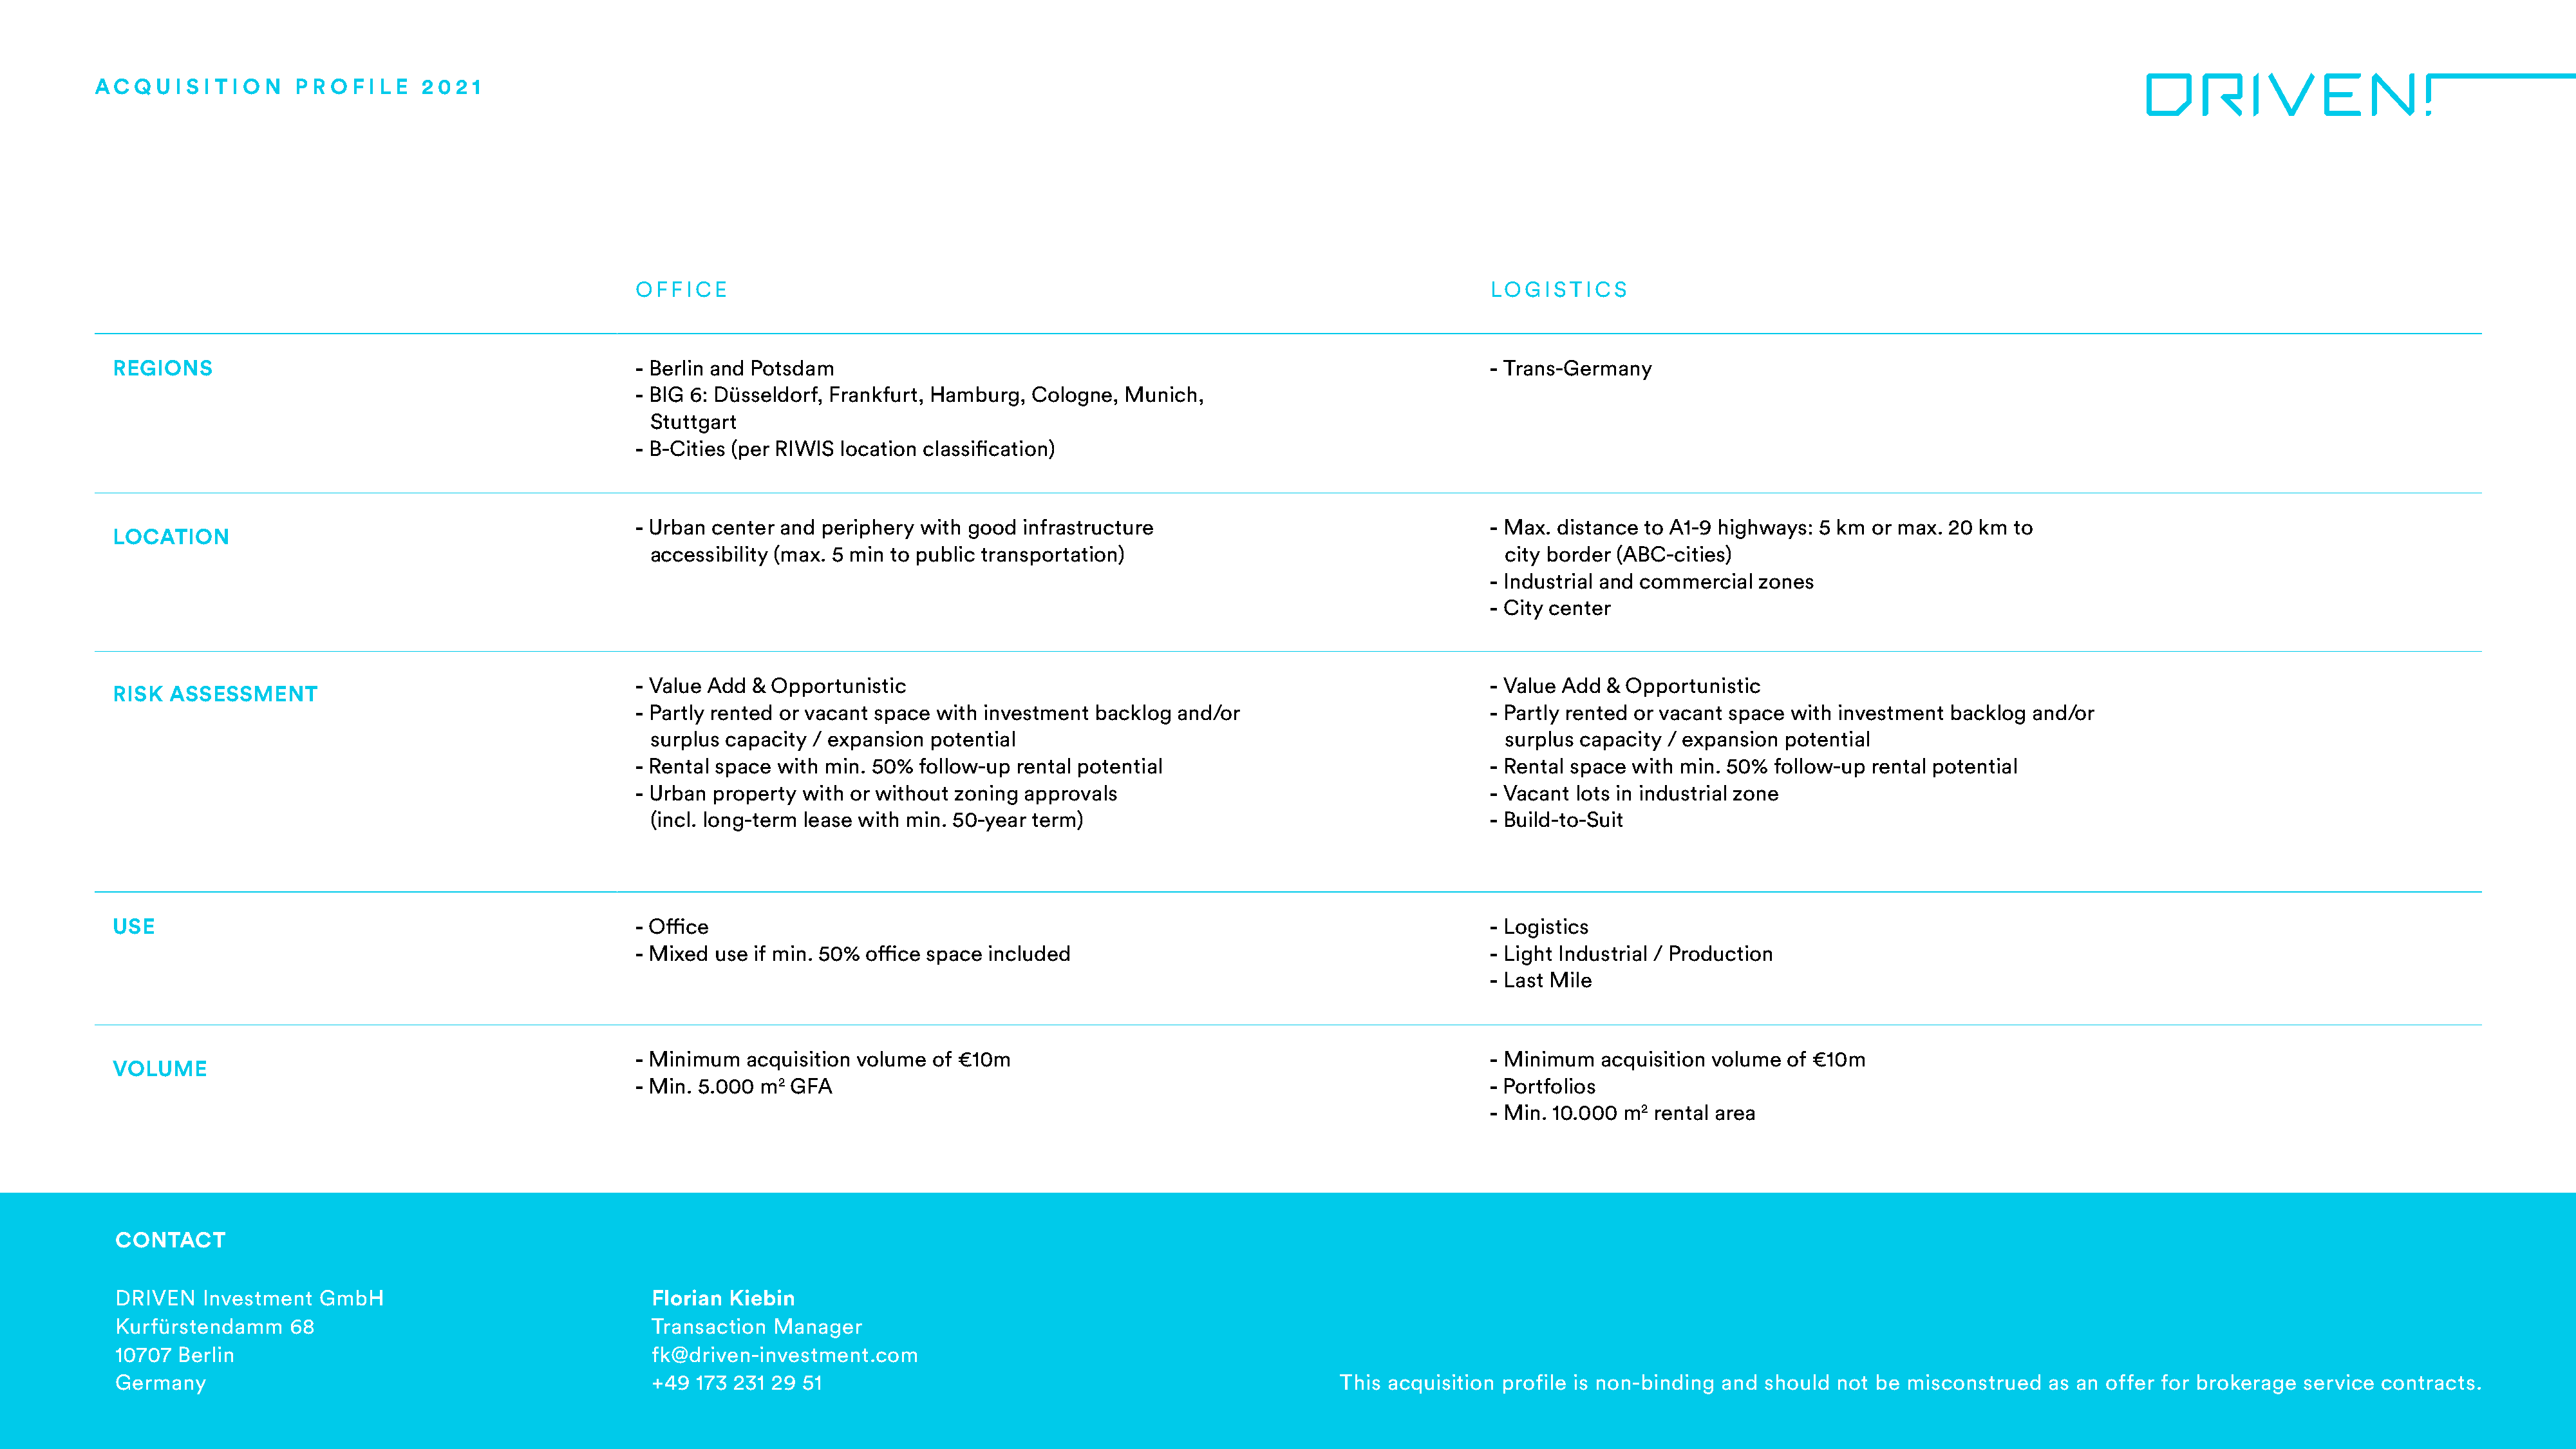
AC  Q U I S I T I O N P R O F I L E 2 0 2 1
 OFFICE                                                                                  LOGISTICS
 REGIONS                                              - Berlin and Potsdam                                                                    - Trans-Germany
 - BIG 6: Düsseldorf, Frankfurt, Hamburg, Cologne,  Munich,
 Stuttgart
 - B-Cities (per RIWIS location classification)
 - Urban center and periphery  with good infrastructure                                  - Max. distance to A1-9 highways: 5 km or max. 20 km  to
 LOCATION
 accessibility (max. 5 min to public transportation)                                     city border (ABC-cities)
 - Industrial and commercial zones
 - City center
 - Value Add & Opportunistic                                                             - Value Add & Opportunistic
 RISK ASSESSMENT
 - Partly rented or vacant space with investment backlog and/or                          - Partly rented or vacant space with investment backlog and/or
 surplus capacity / expansion potential                                                  surplus capacity / expansion potential
 - Rental space with min. 50% follow-up rental potential                                 - Rental space with min. 50% follow-up rental potential
 - Urban property with or without zoning approvals                                       - Vacant lots in industrial zone
 (incl. long-term lease with min. 50-year term)                                        - Build-to-Suit
 USE                                                  - Office                                                                                - Logistics
 - Mixed use if min. 50% office space included                                           - Light Industrial / Production
 - Last Mile
 - Minimum   acquisition volume of €10m                                                  - Minimum   acquisition volume of €10m
 VOLUME
 - Min. 5.000 m2 GFA                                                                     - Portfolios
 - Min. 10.000 m2 rental area
 CONTACT
 DRIVEN   Investment  GmbH                              Florian Kiebin
 Kurfürstendamm    68                                   Transaction  Manager
 10707 Berlin                                           fk@driven-investment.com
 Germany                                                +49  173 231 29 51                                                     This acquisition profile is non-binding and should not be misconstrued   as an offer for brokerage service contracts.